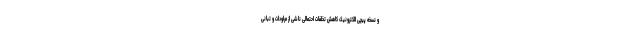
و نسخه پیچی الکترونیک کاهش تخلفات احتمالی ناشی از مراودات و تبانی